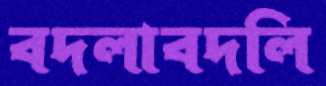
বদলাবদলি